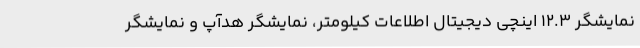
نمایشگر 12.3 اینچی دیجیتال اطلاعات کیلومتر، نمایشگر هدآپ و نمایشگر